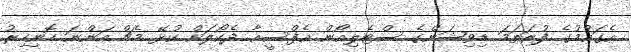
އެގައުމުގެ ފުރަތަމަ ޑިވިޝަންގެ ސްޓެލިއޯން އެފްސީއާ ދެކޯލަށް ކުޅޭ މެޗް އަންނަ ހޮނިހިރު